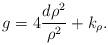
LaTeX: \begin{align*}g=4\frac{d\rho^2}{\rho^2}+k_\rho.\end{align*}